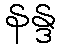
နန္ဒ